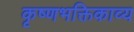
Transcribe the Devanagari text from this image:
कृष्णभक्तिकाव्य